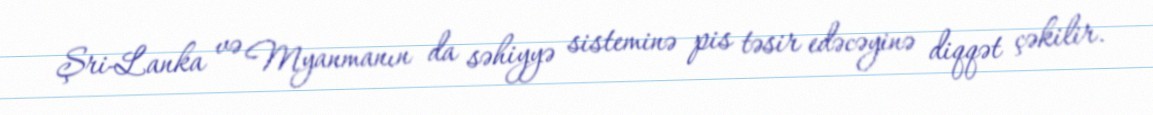
Şri-Lanka və Myanmanın da səhiyyə sisteminə pis təsir edəcəyinə diqqət çəkilir.